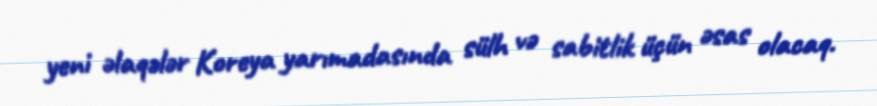
yeni əlaqələr Koreya yarımadasında sülh və sabitlik üçün əsas olacaq.